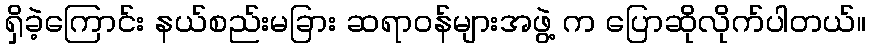
ရှိခဲ့ကြောင်း နယ်စည်းမခြား ဆရာဝန်များအဖွဲ့ က ပြောဆိုလိုက်ပါတယ်။